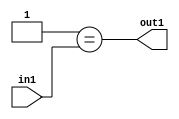
`timescale 1ps / 1ps
/*****************************************************************************
    Verilog RTL Description
    
    
    Created by: Stratus DpOpt 2019.1.01 
*******************************************************************************/

module pw_weight_addr_gen_Eqi1u16_4_0 (
	in1,
	out1
	); /* architecture "behavioural" */ 
input [15:0] in1;
output  out1;
wire  asc001;

assign asc001 = (21'B000000000000000000001==in1);

assign out1 = asc001;
endmodule

/* CADENCE  urn0Qgk= : u9/ySgnWtBlWxVPRXgAZ4Og= ** DO NOT EDIT THIS LINE ******/